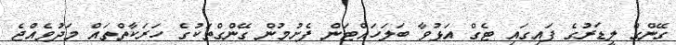
ގޭންގް ލީޑަރުގެ ފައިގައި ޓެގް އަޅުވާ ބަލަހައްޓަން ފެށުމުން ގޭންގްތަކުގެ ހަރަކާތްތައް މަދުވެއްޖެ